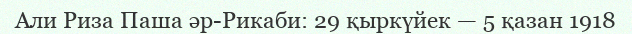
Али Риза Паша әр-Рикаби: 29 қыркүйек — 5 қазан 1918